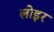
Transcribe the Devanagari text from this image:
लोइर